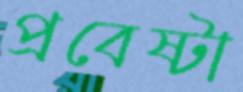
প্রবেষ্টা